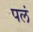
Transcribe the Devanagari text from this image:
पलं